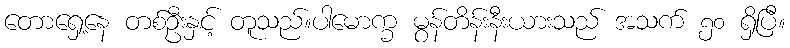
တောရှေ့နေ တစ်ဦးနှင့် တူသည်။ပါမောက္ခ မွန်တိန်းနီးယားသည် အသက် ၅၀ ရှိပြီ။